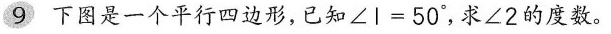
9 下图是一个平行四边形，已知$$∠ I = 5 0 °$$，求∠2的度数。